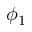
\phi _ { 1 }